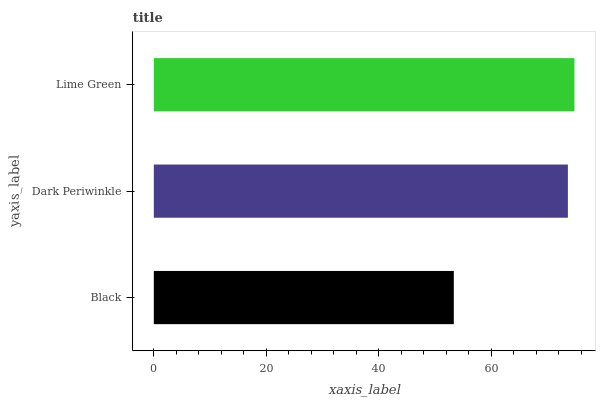
| yaxis_label | bars |
 | --- | --- |
 | Black | 53.4 |
 | Dark Periwinkle | 73.6 |
 | Lime Green | 74.8 |